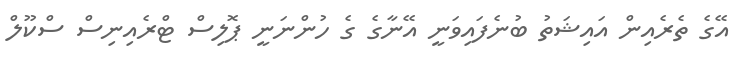
އޭގެ ތެރެއިން އައިޝަތު ބުނެފައިވަނީ އޭނާގެ ގެ ހުންނަނީ ޕޮލިސް ޓްރެއިނިސް ސްކޫލް